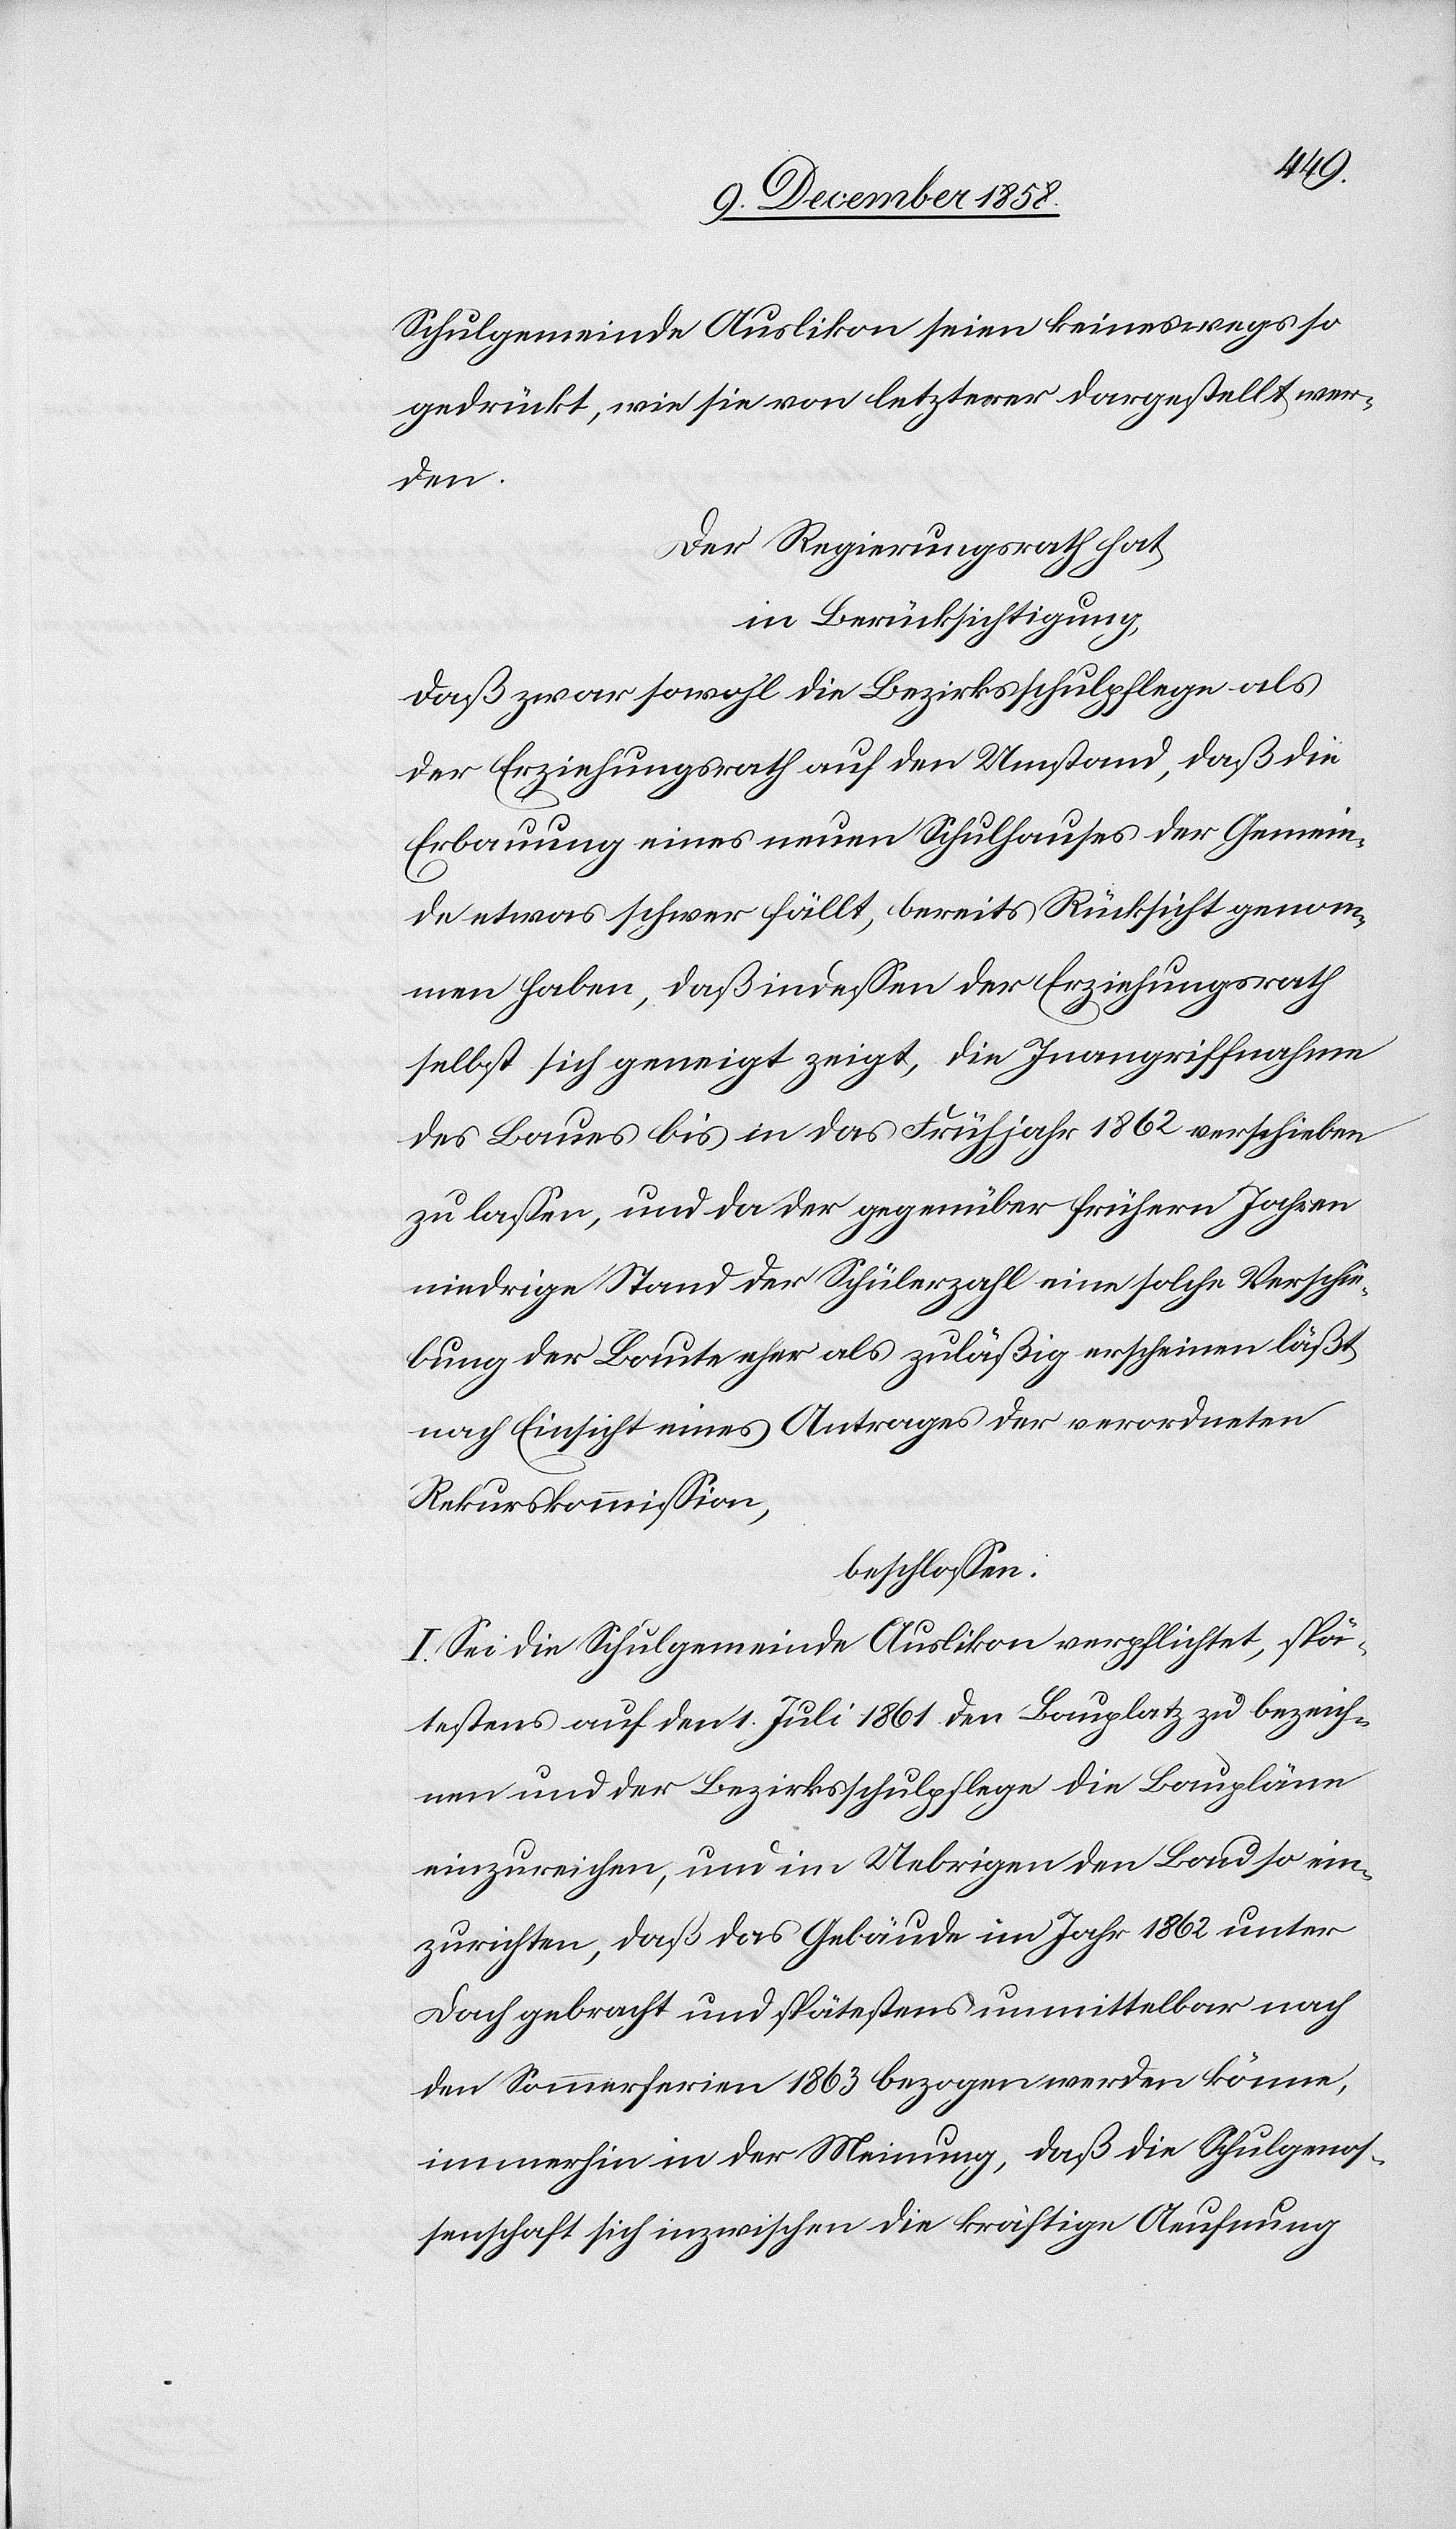
Schulgemeinde Auslikon seien keineswegs so
gedrückt, wie sie von letzterer dargestellt wer¬
den.
Der Regierungsrath hat,
in Berücksichtigung,
daß zwar sowohl die Bezirksschulpflege als
der Erziehungsrath auf den Umstand, daß die
Erbauung eines neuen Schulhauses der Gemein¬
de etwas schwer fällt, bereits Rücksicht genom¬
men haben, daß indessen der Erziehungsrath
selbst sich geneigt zeigt, die Inangriffnahme
des Baues bis in das Frühjahr 1862 verschieben
zu lassen, und da der gegenüber frühern Jahren
niedrige Stand der Schülerzahl eine solche Verschie¬
bung der Baute eher als zuläßig erscheinen läßt,
nach Einsicht eines Antrages der verordneten
Rekurskommission,
beschlossen:
I. Sei die Schulgemeinde Auslikon verpflichtet, spä¬
testens auf den 1. Juli 1861 den Bauplatz zu bezeich¬
nen und der Bezirksschulpflege die Baupläne
einzureichen, und im Uebrigen den Bau so ein¬
zurichten, daß das Gebäude im Jahr 1862 unter
Dach gebracht und spätestens unmittelbar nach
den Sommerferien 1863 bezogen werden könne,
immerhin in der Meinung, daß die Schulgenos¬
senschaft sich inzwischen die kräftige Aeufnung